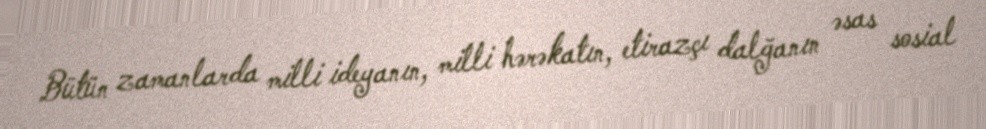
Bütün zamanlarda milli ideyanın, milli hərəkatın, etirazçı dalğanın əsas sosial